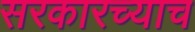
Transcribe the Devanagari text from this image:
सरकारच्याच